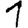
Digit: 1